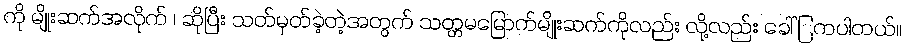
ကို မျိုးဆက်အလိုက် ၊ ဆိုပြီး သတ်မှတ်ခဲ့တဲ့အတွက် သတ္တမမြောက်မျိုးဆက်ကိုလည်း လို့လည်း ခေါ်ြကပါတယ်။